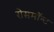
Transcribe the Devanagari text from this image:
रोसमॉन्ट